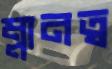
ম্লানত্ব